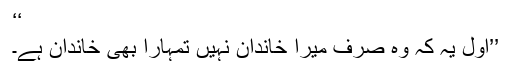
‘‘
’’اول یہ کہ وہ صرف میرا خاندان نہیں تمہارا بھی خاندان ہے۔